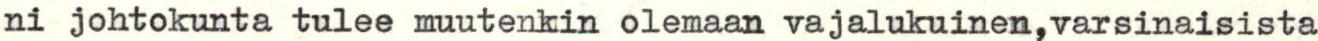
ni johtokunta tulee muutenkin olemaan vajalukuinen,varsinaisista